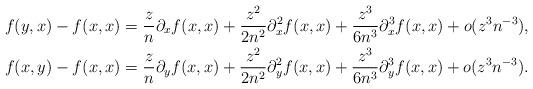
LaTeX: \begin{align*}f(y,x)-f(x,x)&= \frac{z}{n}\partial_x f(x,x) + \frac{z^2}{2n^2}\partial_x^2 f(x,x) + \frac{z^3}{6n^{3}}\partial_x^3 f(x,x) + o(z^3n^{-3}),\\f(x,y)-f(x,x)&= \frac{z}{n}\partial_y f(x,x) +\frac{z^2}{2n^2}\partial_y^2 f(x,x) + \frac{z^3}{6n^{3}}\partial_y^3 f(x,x) + o(z^3n^{-3}).\end{align*}